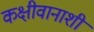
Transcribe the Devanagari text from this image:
कक्षीवानाशी